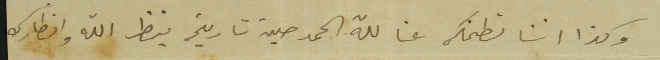
وكذا اننا نطمنك عنا لله الحمد حين تاريخه ينظر الله وانظارك